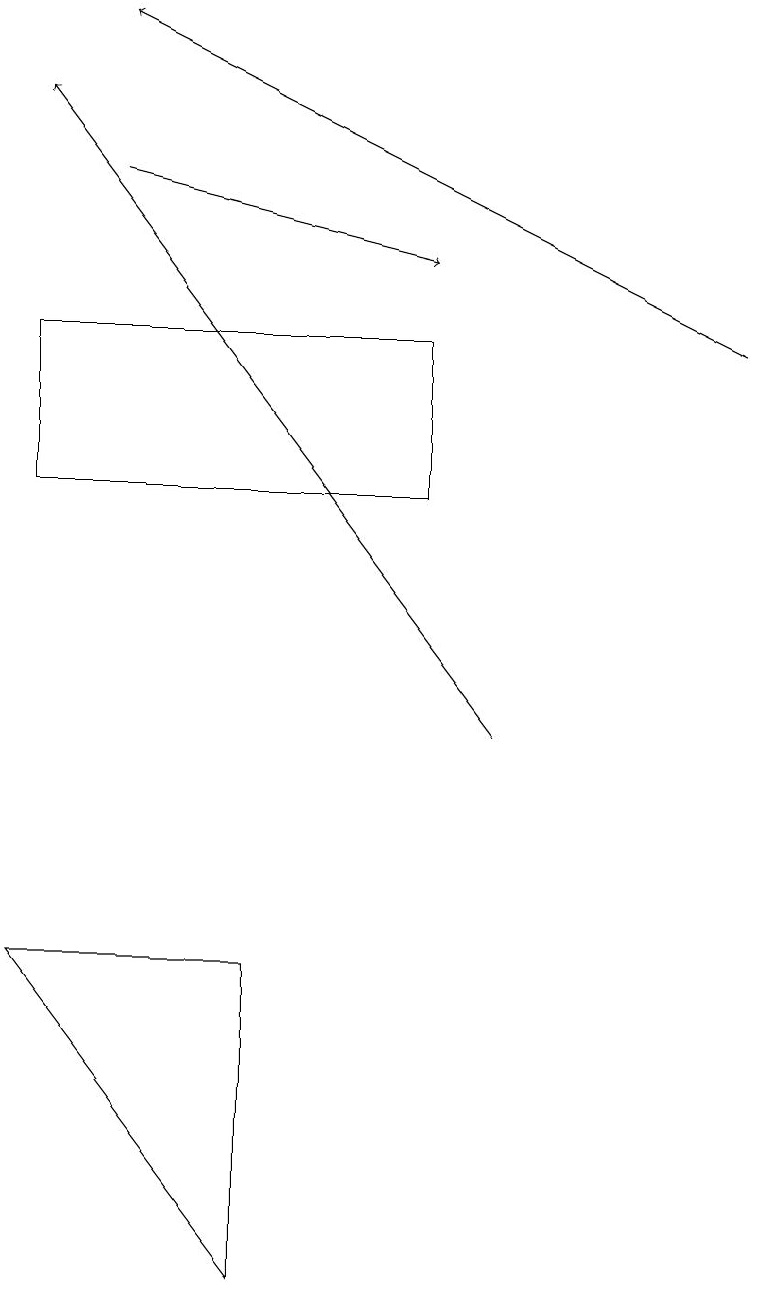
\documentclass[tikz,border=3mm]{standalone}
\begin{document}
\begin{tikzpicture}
\draw[->] (1,17) -- (5,16);
\draw[->] (6,10) -- (0,18);
\draw (3,3) -- (0,7) -- (3,7) -- cycle;
\draw[->] (9,15) -- (1,19);
\draw (0,13) rectangle (5,15);
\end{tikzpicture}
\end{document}